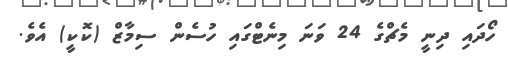
ހޯދައި ދިނީ މެޗްގެ 24 ވަނަ މިނެޓްގައި ހުސެން ސިމާޒް (ކޮކީ) އެވެ.